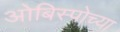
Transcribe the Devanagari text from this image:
ओबिस्पोच्या